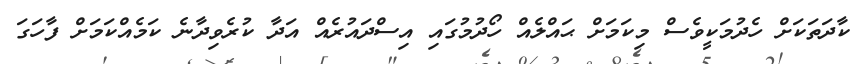
ކާދަތަކަށް ހެދުމަކީވެސް މިކަމަށް ޙައްލެއް ހޯދުމުގައި އިސްދައުރެއް އަދާ ކުރެވިދާނެ ކަމެއްކަމަށް ފާހަގަ